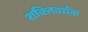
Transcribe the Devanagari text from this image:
शक्‍तिवर्धक